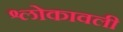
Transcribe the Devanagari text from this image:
श्लोकावली